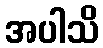
အပါသိ